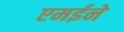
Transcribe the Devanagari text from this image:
एमईने